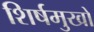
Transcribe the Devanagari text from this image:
शिर्षमुखों